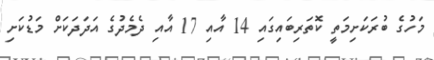
މަހުގެ ބުރަކަށިމަތީ ކޮތަރިބައިގައި 14 އާއި 17 އާއި ދެމެދުގެ އަދަދަކަށް މަޑުކަށި